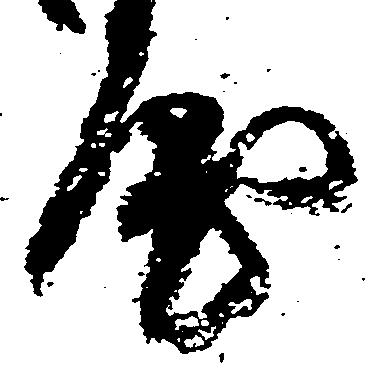
房